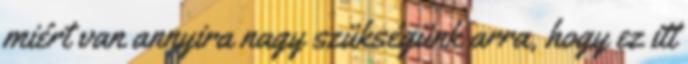
miért van annyira nagy szükségünk arra, hogy ez itt